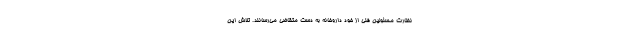
نظارت مسئولین فنی از خود داروخانه به دست متقاضی می‌رسانند. تلاش این